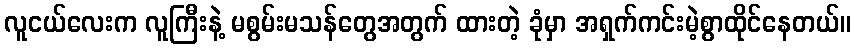
လူငယ်လေးက လူကြီးနဲ့ မစွမ်းမသန်တွေအတွက် ထားတဲ့ ခုံမှာ အရှက်ကင်းမဲ့စွာထိုင်နေတယ်။